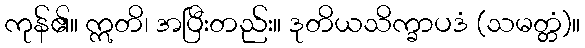
ကုန်၏။ ဣတိ၊ အပြီးတည်း။ ဒုတိယသိက္ခာပဒံ (သမတ္တံ)။